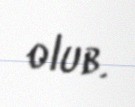
olub.